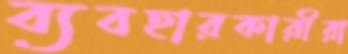
ব্যবহারকারীরা